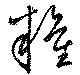
糧